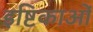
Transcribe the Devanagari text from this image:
इष्टिकाओं